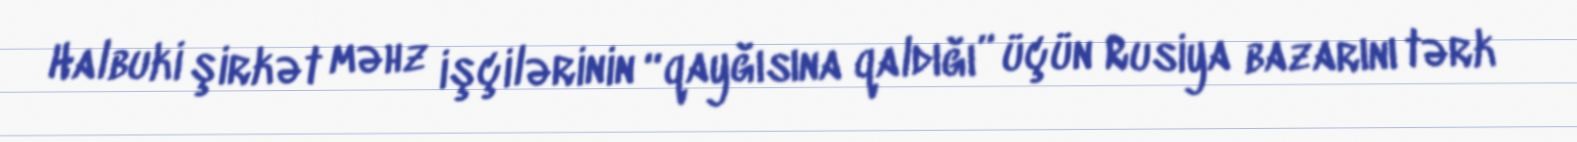
Halbuki şirkət məhz işçilərinin “qayğısına qaldığı” üçün Rusiya bazarını tərk